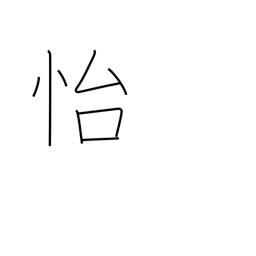
Meaning: enjoy